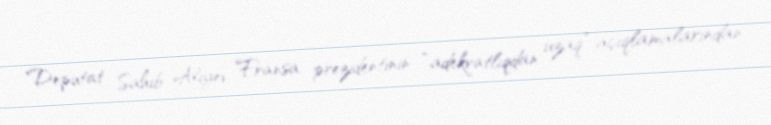
Deputat Sahib Alıyev Fransa prezidentinin “adekvatlıqdan uzaq” açıqlamalarından